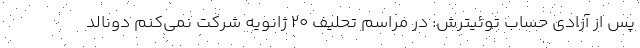
پس از آزادی حساب توئیترش: در مراسم تحلیف ٢٠ ژانویه شرکت نمی‌کنم دونالد